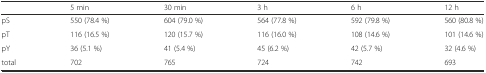
<table><thead><tr><td></td><td><b>5 min</b></td><td><b>30 min</b></td><td><b>3 h</b></td><td><b>6 h</b></td><td><b>12 h</b></td></tr></thead><tbody><tr><td>pS</td><td>550 (78.4 %)</td><td>604 (79.0 %)</td><td>564 (77.8 %)</td><td>592 (79.8 %)</td><td>560 (80.8 %)</td></tr><tr><td>pT</td><td>116 (16.5 %)</td><td>120 (15.7 %)</td><td>116 (16.0 %)</td><td>108 (14.6 %)</td><td>101 (14.6 %)</td></tr><tr><td>pY</td><td>36 (5.1 %)</td><td>41 (5.4 %)</td><td>45 (6.2 %)</td><td>42 (5.7 %)</td><td>32 (4.6 %)</td></tr><tr><td>total</td><td>702</td><td>765</td><td>724</td><td>742</td><td>693</td></tr></tbody></table>